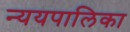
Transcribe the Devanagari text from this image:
न्ययपालिका